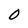
Character: 0